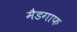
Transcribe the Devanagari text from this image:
मैडगाफ